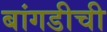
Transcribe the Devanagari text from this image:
बांगडीची